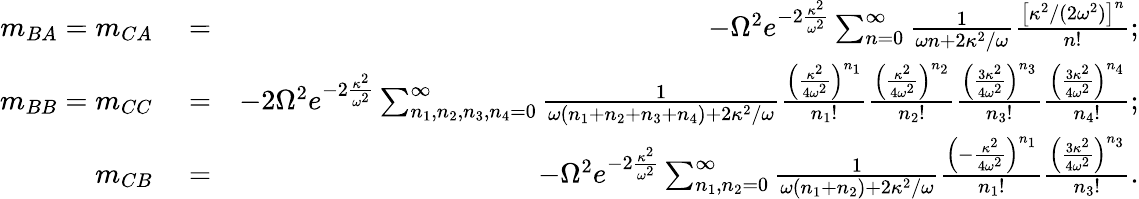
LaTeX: \begin{array}{rlr}{m_{BA}=m_{CA}}&{{}=}&{-\Omega^{2}e^{-2\frac{\kappa^{2}}{\omega^{2}}}\sum_{n=0}^{\infty}\frac{1}{\omega n+2\kappa^{2}/\omega}\frac{\left[\kappa^{2}/(2\omega^{2})\right]^{n}}{n!};}\\ {m_{BB}=m_{CC}}&{{}=}&{-2\Omega^{2}e^{-2\frac{\kappa^{2}}{\omega^{2}}}\sum_{n_{1},n_{2},n_{3},n_{4}=0}^{\infty}\frac{1}{\omega(n_{1}+n_{2}+n_{3}+n_{4})+2\kappa^{2}/\omega}\frac{\left(\frac{\kappa^{2}}{4\omega^{2}}\right)^{n_{1}}}{n_{1}!}\frac{\left(\frac{\kappa^{2}}{4\omega^{2}}\right)^{n_{2}}}{n_{2}!}\frac{\left(\frac{3\kappa^{2}}{4\omega^{2}}\right)^{n_{3}}}{n_{3}!}\frac{\left(\frac{3\kappa^{2}}{4\omega^{2}}\right)^{n_{4}}}{n_{4}!};}\\ {m_{CB}}&{{}=}&{-\Omega^{2}e^{-2\frac{\kappa^{2}}{\omega^{2}}}\sum_{n_{1},n_{2}=0}^{\infty}\frac{1}{\omega(n_{1}+n_{2})+2\kappa^{2}/\omega}\frac{\left(-\frac{\kappa^{2}}{4\omega^{2}}\right)^{n_{1}}}{n_{1}!}\frac{\left(\frac{3\kappa^{2}}{4\omega^{2}}\right)^{n_{3}}}{n_{3}!}.}\end{array}